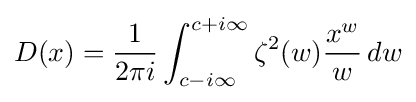
D(x)={\frac {1}{2\pi i}}\int _{c-i\infty }^{c+i\infty }\zeta ^{2}(w){\frac {x^{w}}{w}}\,dw